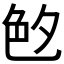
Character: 𦫓